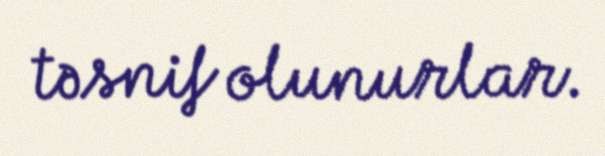
təsnif olunurlar.